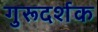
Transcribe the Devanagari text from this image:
गुरूदर्शक